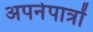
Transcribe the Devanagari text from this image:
अपनेपात्रों